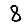
Digit: 8